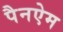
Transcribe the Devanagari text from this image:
पैनऐम